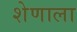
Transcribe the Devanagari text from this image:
शेणाला